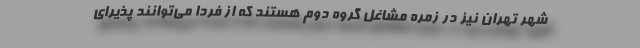
شهر تهران نیز در زمره مشاغل گروه دوم هستند که از فردا می‌توانند پذیرای